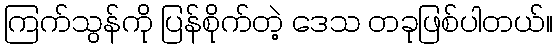
ကြက်သွန်ကို ပြန်စိုက်တဲ့ ဒေသ တခုဖြစ်ပါတယ်။